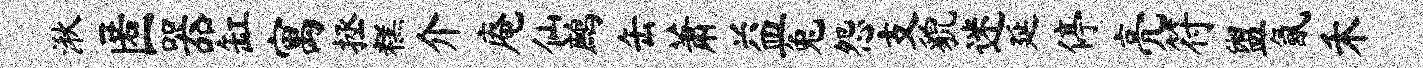
湫匿器缸寓拯糕介庵仙鹧缶萧益兔怨支貌迷延停亮符盥氤禾